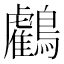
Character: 𪇦